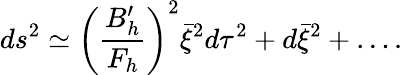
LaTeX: ds^{2}\simeq\left({\frac{B_{h}^{\prime}}{F_{h}}}\right)^{2}\bar{\xi}^{2}d\tau^{2}+d\bar{\xi}^{2}+\dots.